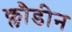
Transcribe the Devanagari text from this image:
क्लौडीन